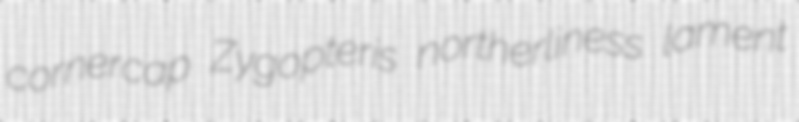
cornercap Zygopteris northerliness lament